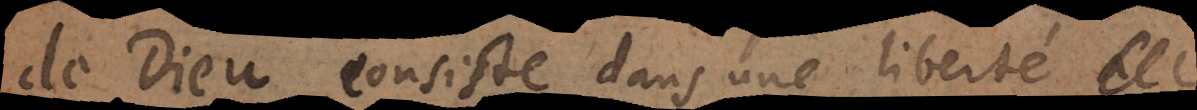
de Dieu consiste dans une liberté